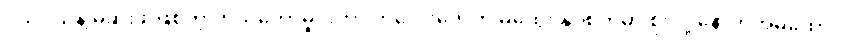
ငယ်ငယ်နဲ့ မုဆိုးဖို ဖြစ်တဲ့ ကိုယ်တော်မှိုင်းဟာ ကလေးတွေကို မိထွေး နှိပ်စက်မှာ စိုးလို့ နောက်အိမ်ထောင်